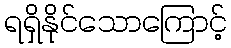
ရရှိနိုင်သောကြောင့်